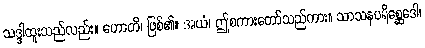
သဒ္ဒါထူးသည်လည်း။ ဟောတိ၊ ဖြစ်၏။ အယံ၊ ဤစကားတော်သည်ကား။ သာသနပရိစ္ဆေဒေါ၊